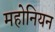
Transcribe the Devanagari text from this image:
महोनियन